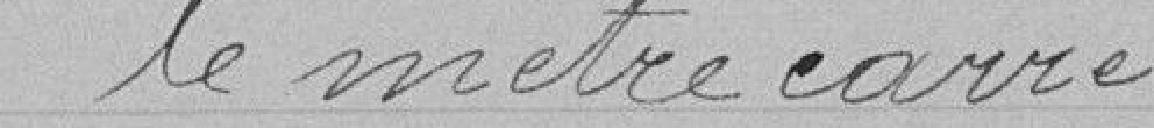
le mètre carré